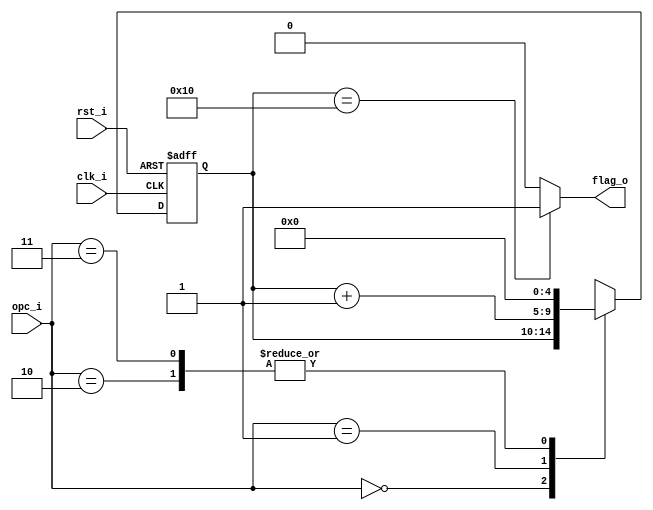
// Name: counter_w.v
//
// Description: Contador descendente utilizado para contar los 25 ciclos de dclk.

module counter_w_dac #(
  parameter Width = 5
) (
  input              rst_i,
  input              clk_i,
  input        [1:0] opc_i,
  output             flag_o
);

  reg [Width-1:0] mux_d, reg_q;

  always @(opc_i, reg_q) begin
    case (opc_i)
      2'b00   : mux_d = reg_q;
      2'b01   : mux_d = reg_q + 1;
      2'b10   : mux_d = 0;
      2'b11   : mux_d = 0;
      default : mux_d = 0;
    endcase
  end
  
  always @(posedge clk_i, posedge rst_i) begin
    if (rst_i)
      reg_q <= 0;
    else
      reg_q <= mux_d;
  end

  assign flag_o = (reg_q == 5'd16) ? 1'b1 : 1'b0;
  
endmodule